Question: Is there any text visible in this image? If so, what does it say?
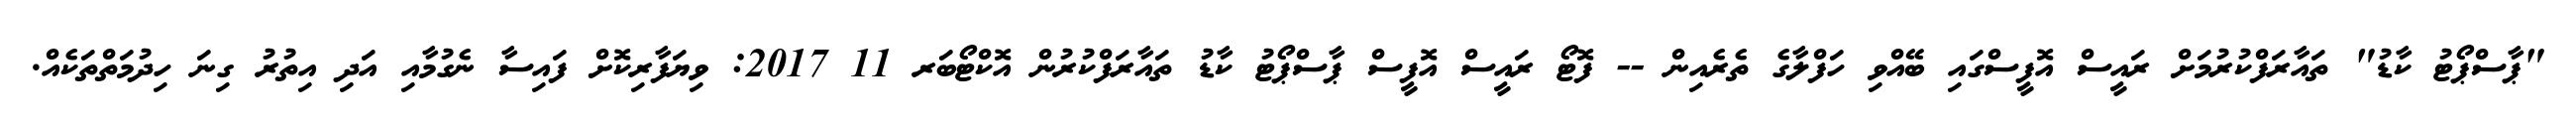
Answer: "ޕާސްޕޯޓު ކާޑު" ތައާރަފްކުރުމަށް ރައީސް އޮފީސްގައި ބޭއްވި ހަފްލާގެ ތެރެއިން -- ފޮޓޯ ރައީސް އޮފީސް ޕާސްޕޯޓު ކާޑު ތައާރަފްކުރުން އޮކްޓޯބަރ 11 2017: ވިޔަފާރިކޮށް ފައިސާ ނެގުމާއި އަދި އިތުރު ގިނަ ހިދުމަތްތަކެއް.